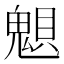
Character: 𲌩